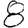
Digit: 8